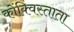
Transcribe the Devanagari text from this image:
कोंक्विस्ताता